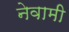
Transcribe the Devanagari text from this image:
नेवामी